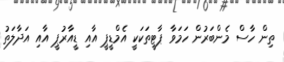
ތިން ހާސް މެންބަރުން ހަމަވާ ޕާޓީތަކަކީ އެމްޑީޕީ އާއި ޑީއާރުޕީ އާއި އަދާލަތު